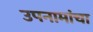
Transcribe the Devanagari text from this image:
उपनामांचा